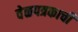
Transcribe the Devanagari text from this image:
वेळपत्रकाची